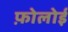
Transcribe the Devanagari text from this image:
फ़ोलोई